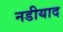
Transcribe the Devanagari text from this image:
नडीयाद